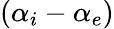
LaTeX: (\alpha_{i}-\alpha_{e})